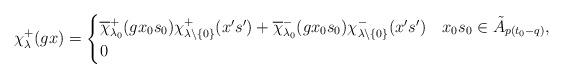
LaTeX: \begin{align*}\chi_\lambda^+(gx)=\begin{cases}\overline{\chi}_{\lambda_0}^+(gx_0s_0)\chi_{\lambda\backslash\{0\}}^+(x's')+\overline{\chi}_{\lambda_0}^-(gx_0s_0)\chi_{\lambda\backslash\{0\}}^-(x's')&x_0s_0\in\tilde{A}_{p(t_0-q)},\\0 &\end{cases}\end{align*}